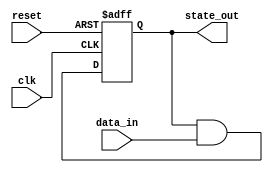
module feedback_register (
    input wire clk,          // Clock signal
    input wire reset,        // Reset signal
    input wire [3:0] data_in, // External data input
    output reg [3:0] state_out // Current state output
);

    // Internal state register (4 bits)
    reg [3:0] state;

    // Feedback logic (example: current state ANDed with data input)
    wire [3:0] feedback;
    assign feedback = state & data_in;

    always @(posedge clk or posedge reset) begin
        if (reset) begin
            state <= 4'b0000; // Initialize state to zero
        end else begin
            state <= feedback; // Update state based on feedback logic
        end
    end

    // Output the current state
    always @(state) begin
        state_out <= state;
    end

endmodule